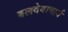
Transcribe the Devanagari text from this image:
बलदेवाचार्य